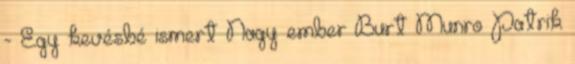
- Egy kevésbé ismert Nagy ember Burt Munro Patrik